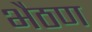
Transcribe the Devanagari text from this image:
भैठण